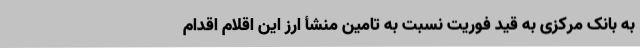
به بانک مرکزی به قید فوریت نسبت به تامین منشأ ارز این اقلام اقدام